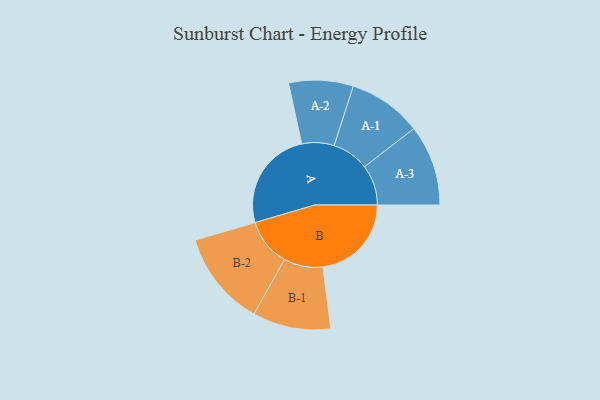
{"axis": {"x": "Segment", "y": "Value"}, "legend": ["", "A", "B"], "data": [{"x": "A", "y": 322, "type": ""}, {"x": "B", "y": 283, "type": ""}, {"x": "A-1", "y": 118, "type": "A"}, {"x": "A-2", "y": 103, "type": "A"}, {"x": "A-3", "y": 129, "type": "A"}, {"x": "B-1", "y": 125, "type": "B"}, {"x": "B-2", "y": 152, "type": "B"}]}